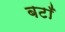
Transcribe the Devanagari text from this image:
बटाँ